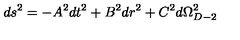
d s ^ { 2 } = - A ^ { 2 } d t ^ { 2 } + B ^ { 2 } d r ^ { 2 } + C ^ { 2 } d \Omega _ { D - 2 } ^ { 2 }